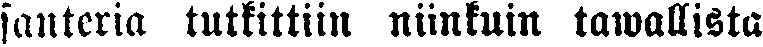
santeria tutkittiin niinkuin tawallista